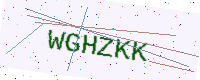
Text: WGHZKK